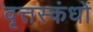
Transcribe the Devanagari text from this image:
वृत्तस्कंधों